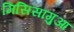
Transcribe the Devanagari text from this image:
मिसिसागुआ